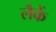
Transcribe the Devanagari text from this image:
लैकें